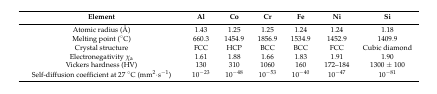
| Element | Al | Co | Cr | Fe | Ni | Si |
 | --- | --- | --- | --- | --- | --- | --- |
 | Atomic radius (Å) | 1.43 | 1.25 | 1.25 | 1.24 | 1.24 | 1.18 |
 | Melting point (°C) | 660.3 | 1454.9 | 1856.9 | 1534.9 | 1452.9 | 1409.9 |
 | Crystal structure | FCC | HCP | BCC | BCC | FCC | Cubic diamond |
 | Electronegativity χa | 1.61 | 1.88 | 1.66 | 1.83 | 1.91 | 1.90 |
 | Vickers hardness (HV) | 130 | 310 | 1060 | 160 | 172–184 | 1300 ± 100 |
 | Self-diffusion coefficient at 27 °C (mm2·s−1) | 10−23 | 10−48 | 10−53 | 10−40 | 10−47 | 10−81 |